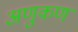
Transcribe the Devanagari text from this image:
अणुकण